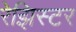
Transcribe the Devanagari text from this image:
रेझिस्टर